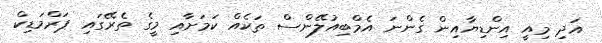
އަދި މިއީ އިންޑިޔާއިން ގެންނަ އެމްބިއުލޭންސް ތަކެއް ކަމަށާއި މީގެ ތެރޭގައި ޕަރްމަޑިކް